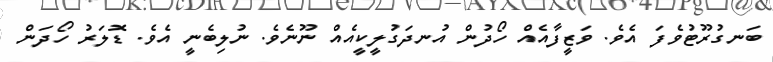
ބަނގުރޫޓުވެފަ އެވެ. ވަޒީފާއެއް ހޯދުން އުނދަގުލީކީއެއް ނޫނެވެ. ނުލިބެނީ އެވެ. ޑޮލަރު ހޯދަން